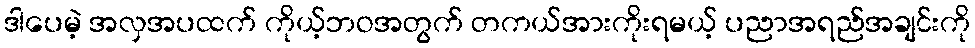
ဒါပေမဲ့ အလှအပထက် ကိုယ့်ဘဝအတွက် တကယ်အားကိုးရမယ့် ပညာအရည်အချင်းကို